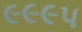
૯૯૯૫